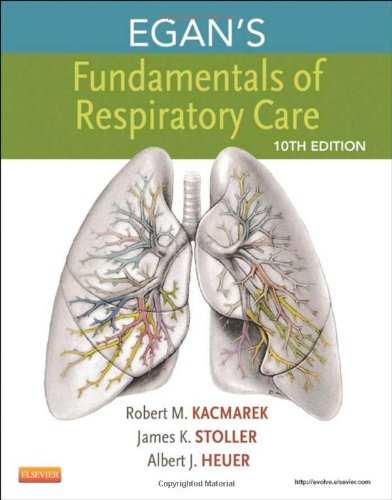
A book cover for Egan's Fundamentals of Respiratory Care, 10e; Robert M. Kacmarek PhD  RRT  FAARC; Medical Books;